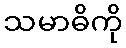
သမာဓိကို